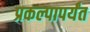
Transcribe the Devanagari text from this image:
प्रकल्पापर्यंत